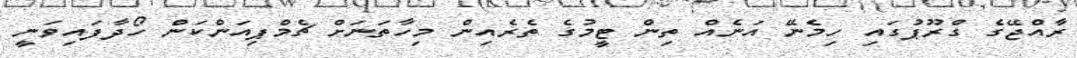
ރާއްޖޭގެ ގްރޫޕުގައި ހިމެނޭ އަނެއް ތިން ޓީމުގެ ތެރެއިން މިހާތަނަށް ޗެމްޕިއަންކަން ހޯދާފައިވަނީ